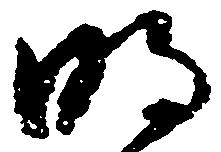
明